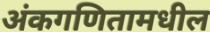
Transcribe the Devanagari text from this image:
अंकगणितामधील